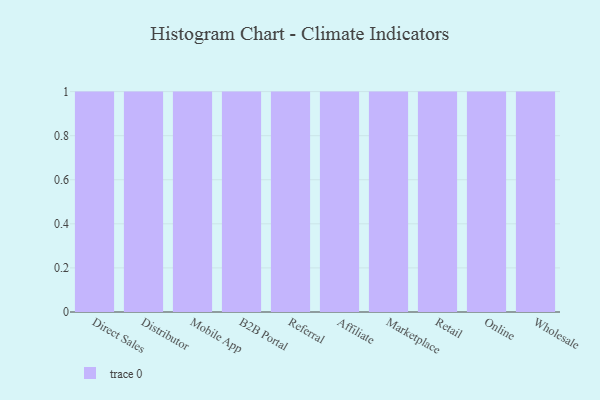
{"axis": {"x": "Channel", "y": "Headcount"}, "legend": [""], "data": [{"x": "Direct Sales", "y": 26, "type": ""}, {"x": "Distributor", "y": 90, "type": ""}, {"x": "Mobile App", "y": 91, "type": ""}, {"x": "B2B Portal", "y": 37, "type": ""}, {"x": "Referral", "y": 55, "type": ""}, {"x": "Affiliate", "y": 23, "type": ""}, {"x": "Marketplace", "y": 92, "type": ""}, {"x": "Retail", "y": 53, "type": ""}, {"x": "Online", "y": 1, "type": ""}, {"x": "Wholesale", "y": 10, "type": ""}]}